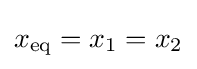
x_{\mathrm {eq} }=x_{1}=x_{2}